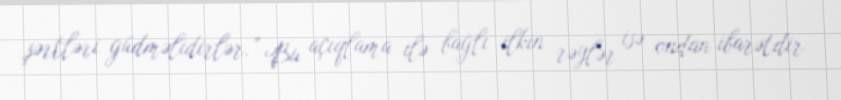
şərtləri güdməlidirlər.” Bu açıqlama ilə bağlı ilkin rəylər isə ondan ibarətdir